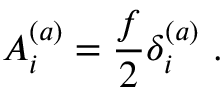
A _ { i } ^ { ( a ) } = \frac { f } { 2 } \delta _ { i } ^ { ( a ) } ~ .